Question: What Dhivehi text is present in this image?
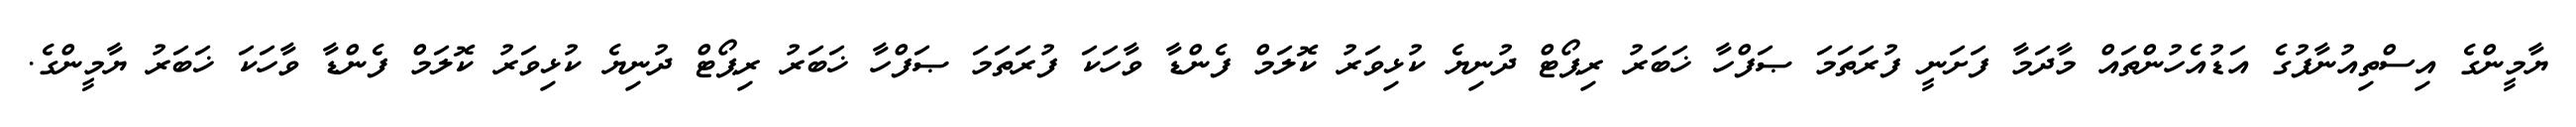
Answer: ޔާމީންގެ އިސްތިއުނާފުގެ އަޑުއެހުންތައް މާދަމާ ފަށަނީ ފުރަތަމަ ޞަފްހާ ޚަބަރު ރިޕޯޓް ދުނިޔެ ކުޅިވަރު ކޮލަމް ފެންޑާ ވާހަކަ ފުރަތަމަ ޞަފްހާ ޚަބަރު ރިޕޯޓް ދުނިޔެ ކުޅިވަރު ކޮލަމް ފެންޑާ ވާހަކަ ޚަބަރު ޔާމީންގެ.